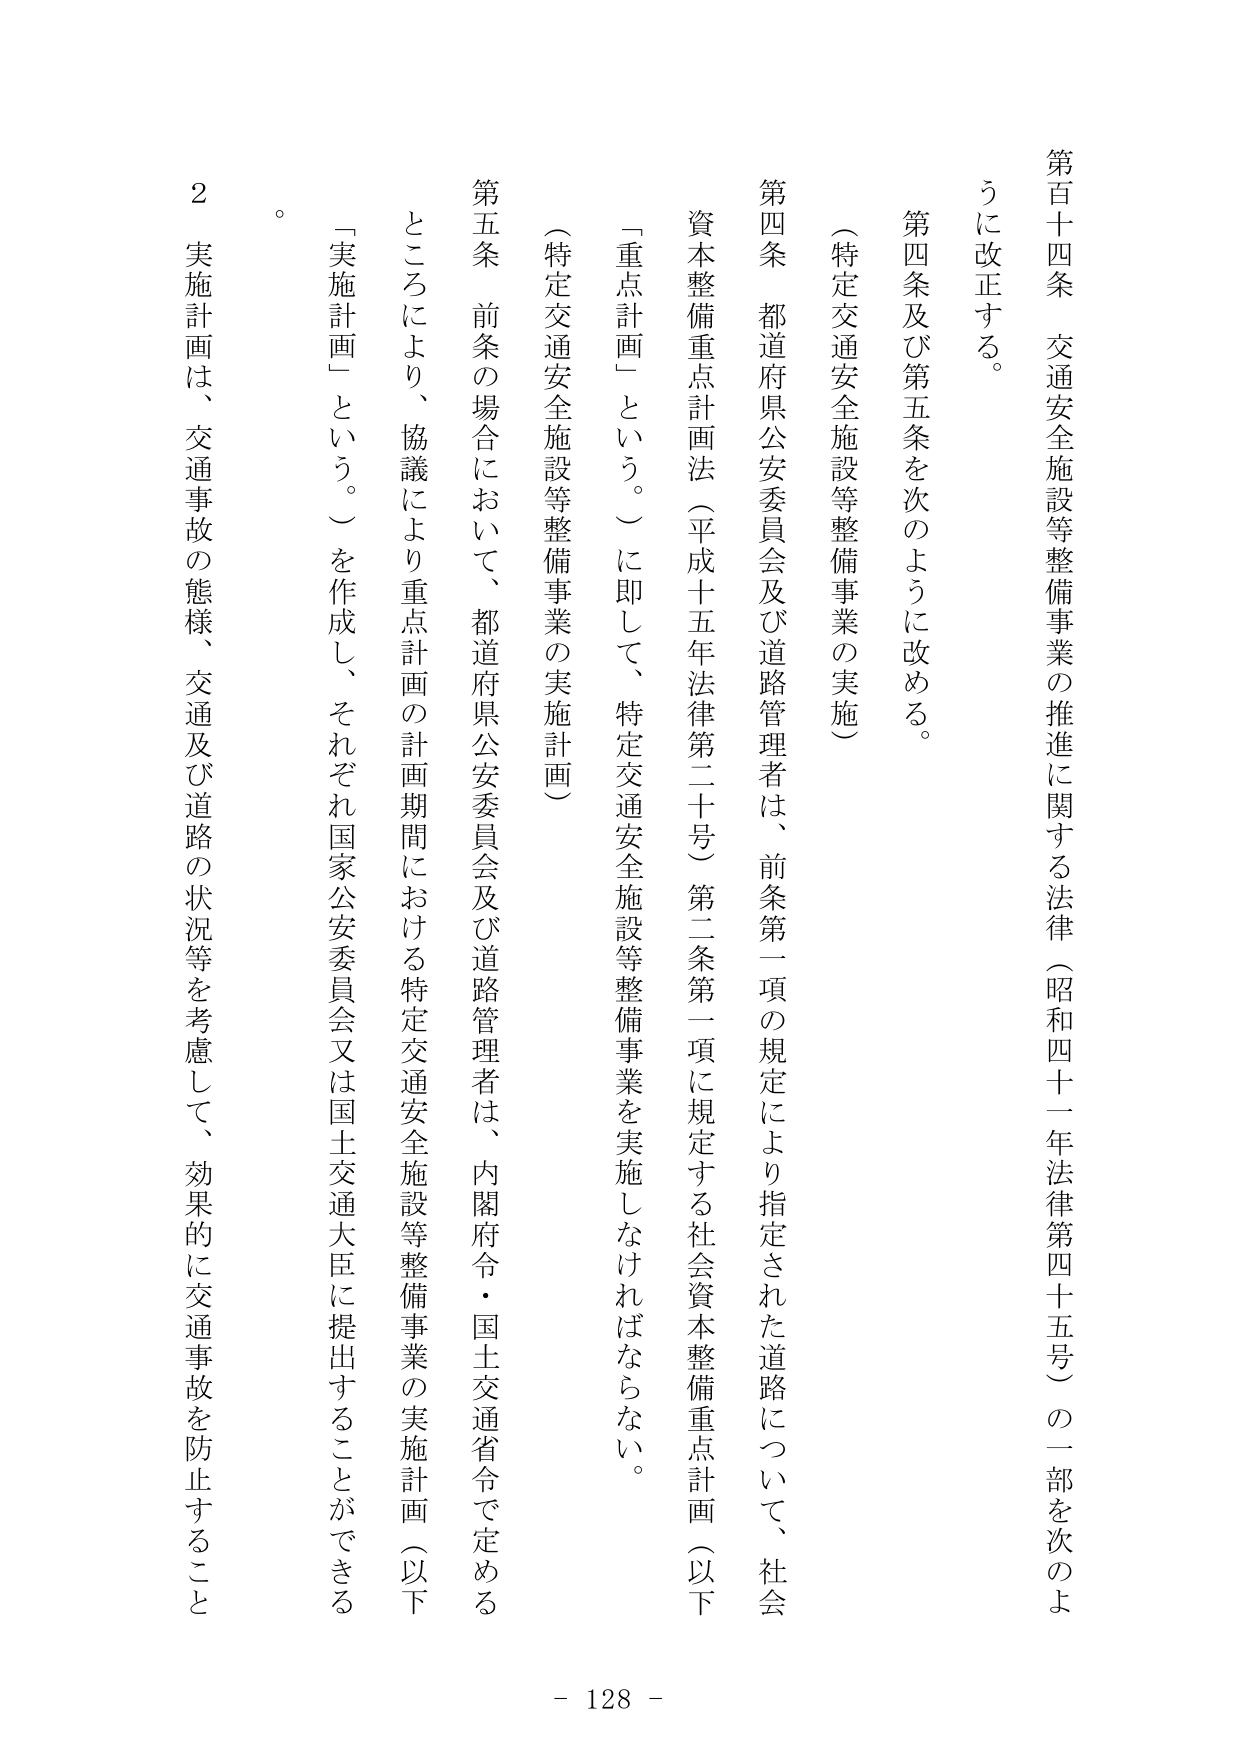
第百十四条 交通安全施設等整備事業の推進に関する法律（昭和四十一年法律第四十五号）の一部を次のよう に改正する。

第四条及び第五条を次のように改める。

（特定交通安全施設等整備事業の実施）

第四条 都道府県公安委員会及び道路管理者は、前条第一項の規定により指定された道路について、社会 資本整備重点計画法（平成十五年法律第二十号）第二条第一項に規定する社会資本整備重点計画（以下 「重点計画」という。）に即して、特定交通安全施設等整備事業を実施しなければならない。

（特定交通安全施設等整備事業の実施計画）

第五条 前条の場合において、都道府県公安委員会及び道路管理者は、内閣府令・国土交通省令で定める ところにより、協議により重点計画の計画期間における特定交通安全施設等整備事業の実施計画（以下 「実施計画」という。）を作成し、それぞれ国家公安委員会又は国土交通大臣に提出することができる 。

２ 実施計画は、交通事故の態様、交通及び道路の状況等を考慮して、効果的に交通事故を防止すること

- 128 -